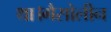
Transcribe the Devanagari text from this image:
था।गैसोलीन